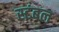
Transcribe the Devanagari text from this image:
स्टंबल